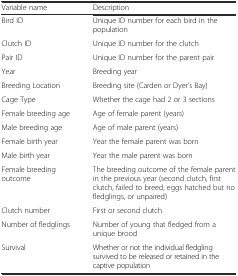
| Variable name | Description |
 | --- | --- |
 | Bird ID | Unique ID number for each bird in the population |
 | Clutch ID | Unique ID number for the clutch |
 | Pair ID | Unique ID number for the parent pair |
 | Year | Breeding year |
 | Breeding Location | Breeding site (Carden or Dyer’s Bay) |
 | Cage Type | Whether the cage had 2 or 3 sections |
 | Female breeding age | Age of female parent (years) |
 | Male breeding age | Age of male parent (years) |
 | Female birth year | Year the female parent was born |
 | Male birth year | Year the male parent was born |
 | Female breeding outcome | The breeding outcome of the female parent in the previous year (second clutch, first clutch, failed to breed, eggs hatched but no fledglings, or unpaired) |
 | Clutch number | First or second clutch |
 | Number of fledglings | Number of young that fledged from a unique brood |
 | Survival | Whether or not the individual fledgling survived to be released or retained in the captive population |